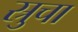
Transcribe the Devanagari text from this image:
स्रुचा